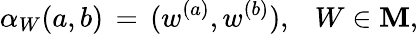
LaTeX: \alpha_{W}(a,b)\, =\, (w^{(a)},w^{(b)}),\; \, \, \, W\in{\cal\mathbf{M}},